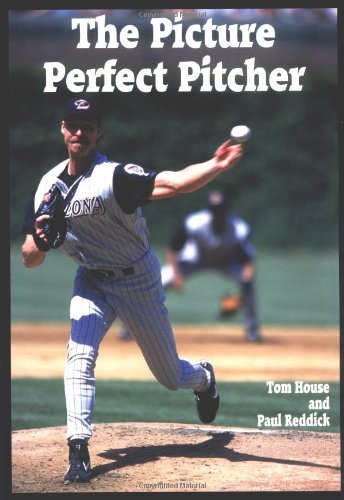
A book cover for The Picture Perfect Pitcher; Tom House; Sports & Outdoors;